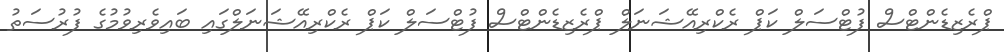
ޕްރެޒިޑެންޓްސް ފުޓްސަލް ކަޕް ރެކްރިއޭޝަނަލް ޕްރެޒިޑެންޓްސް ފުޓްސަލް ކަޕް ރެކްރިއޭޝަނަލްގައި ބައިވެރިވުމުގެ ފުރުސަތު